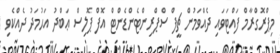
މިޕްރޮގްރާމް ފައްޓަވައި ދެއްވަމުން ޗީފް ސްޕްރިންޓެންޑެންޓް އޮފް ޕޮލިސް ޢަބްދު އަޙުމަދު ދެއްކެވި